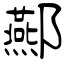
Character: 酀